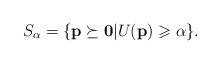
LaTeX: \begin{align*}S_\alpha=\{\mathbf{p}\succeq\mathbf{0}|U(\mathbf{p})\geqslant\alpha\}.\end{align*}